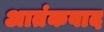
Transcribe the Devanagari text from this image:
अातंकवाद